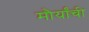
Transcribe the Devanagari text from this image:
मौर्यांची